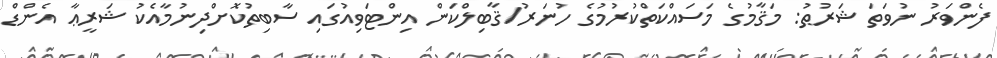
ފެންވަރު ނުވަތަ ޝަރުޠު: މަޤާމުގެ މަސައްކަތްކުރުމުގެ ހުނަރު/ޤާބިލްކަން އިންޓަވިއުގައި ސާބިތުކޮށްދިނުމާއެކު ޝަރީޢާ އެންޑް